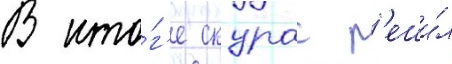
В ито́г'е скурас р'еши́л